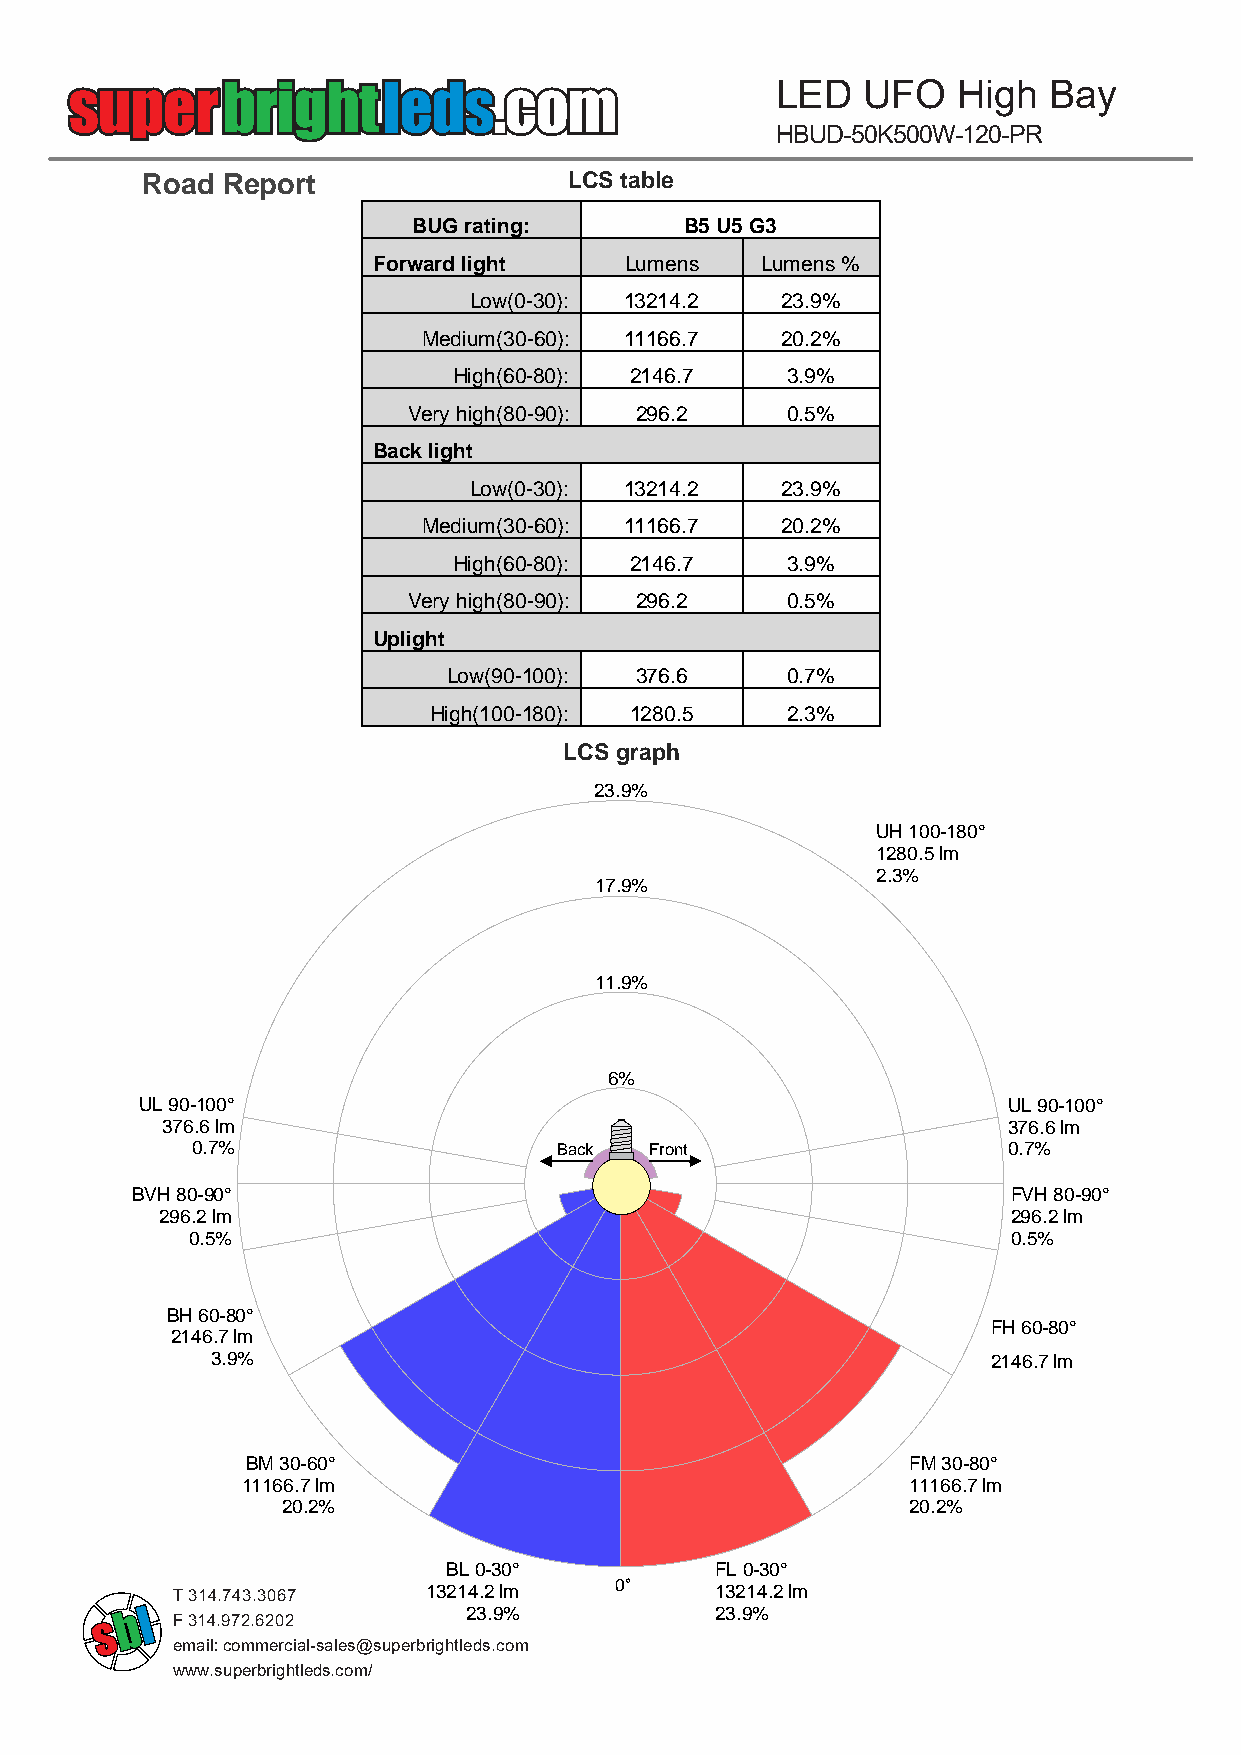
LED   UFO   High  Bay
 HBUD-50K500W-120-PR
 Road  Report                 LCS table
 BUG rating:       B5 U5 G3
 Forward light   Lumens   Lumens %
 Low(0-30): 13214.2   23.9%
 Medium(30-60): 11166.7  20.2%
 High(60-80): 2146.7   3.9%
 Very high(80-90): 296.2  0.5%
 Back light
 Low(0-30): 13214.2   23.9%
 Medium(30-60): 11166.7  20.2%
 High(60-80): 2146.7   3.9%
 Very high(80-90): 296.2  0.5%
 Uplight
 Low(90-100): 376.6    0.7%
 High(100-180): 1280.5   2.3%
 LCS graph
 23.9%
 UH 100-180°
 1280.5 lm
 2.3%
 17.9%
 11.9%
 6%
 UL 90-100°                                                UL 90-100°
 376.6 lm                                                376.6 lm
 0.7%                    Back  Front                   0.7%
 BVH 80-90°                                                FVH 80-90°
 296.2 lm                                                296.2 lm
 0.5%                                                   0.5%
 BH 60-80°
 FH 60-80°
 2146.7 lm
 3.9%                                                2146.7 lm
 3.9%
 BM 30-60°                                   FM 30-80°
 11166.7 lm                                  11166.7 lm
 20.2%                                    20.2%
 BL 0-30°         FL 0-30°
 0°
 13214.2 lm         13214.2 lm
 T 314.743.3067
 23.9%           23.9%
 F 314.972.6202
 email: commercial-sales@superbrightleds.com
 www.superbrightleds.com/